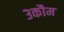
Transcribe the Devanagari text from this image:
३कौम